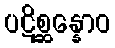
ပဋိစ္ဆန္နောဝ